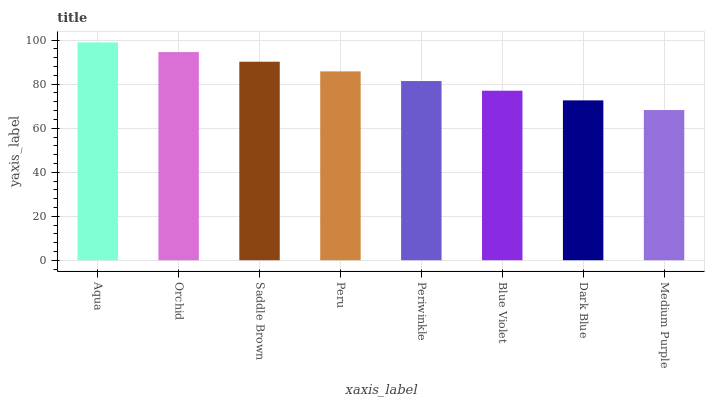
| xaxis_label | bars |
 | --- | --- |
 | Aqua | 99 |
 | Orchid | 94.6 |
 | Saddle Brown | 90.2 |
 | Peru | 85.8 |
 | Periwinkle | 81.4 |
 | Blue Violet | 77 |
 | Dark Blue | 72.7 |
 | Medium Purple | 68.3 |